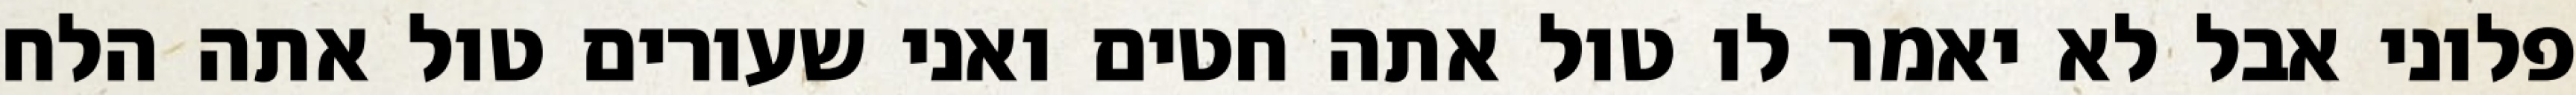
פלוני אבל לא יאמר לו טול אתה חטים ואני שעורים טול אתה הלח